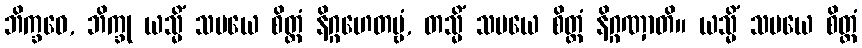
ဘိက္ခဝေ, ဘိက္ခု ယသ္မိံ သမယေ စိတ္တံ နိဂ္ဂဟေတဗ္ဗံ, တသ္မိံ သမယေ စိတ္တံ နိဂ္ဂဏှာတိ။ ယသ္မိံ သမယေ စိတ္တံ